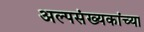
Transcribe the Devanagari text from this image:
अल्पसंख्यकांच्या